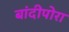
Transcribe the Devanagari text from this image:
बांदीपोरा